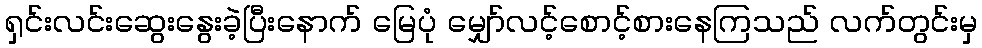
ရှင်းလင်းဆွေးနွေးခဲ့ပြီးနောက် မြေပုံ မျှော်လင့်စောင့်စားနေကြသည် လက်တွင်းမှ